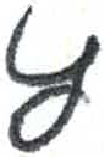
אות: ץ